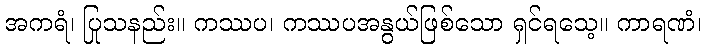
အကရံ၊ ပြုသနည်း။ ကဿပ၊ ကဿပအနွယ်ဖြစ်သော ရှင်ရသေ့။ ကာရဏံ၊